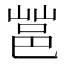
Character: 𰻩